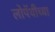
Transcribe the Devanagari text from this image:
लोपॅथीच्या